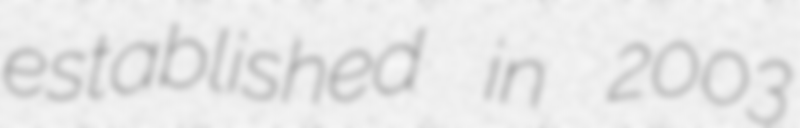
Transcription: established in 2003